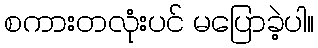
စကားတလုံးပင် မပြောခဲ့ပါ။